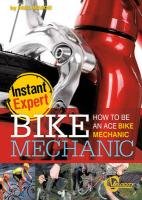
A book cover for Bike Mechanic: How to Be an Ace Bike Mechanic (Instant Expert); Paul Mason; Children's Books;